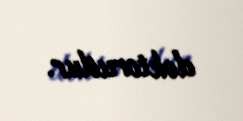
doktorudur.